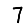
Digit: 7